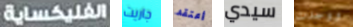
الفلكساية جاريت أعتقد سيدي ووجدت